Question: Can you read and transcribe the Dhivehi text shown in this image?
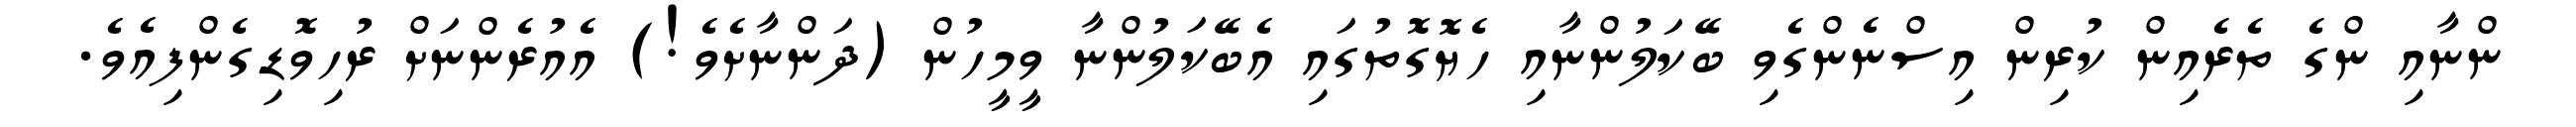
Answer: ންނާއި ންގެ ތެރެއިން ކުރިން އިސްނެންގެވި ބޭކަލުންނާއި ހެޔޮގޮތުގައި އެބޭކަލުންނާ ވީމީހުން (ދަންނާށެވެ!) އެއުރެންނަށް ރުހިވޮޑިގެންފިއެވެ.